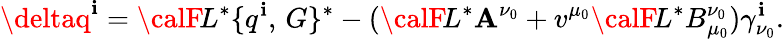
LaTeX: \deltaq^{\mathbf{i}}={\calF}\! L^{*}\{ q^{\mathbf{i}},\, G\} ^{*}-({\calF}\! L^{*}\mathbf{A}^{\nu_{0}}+v^{\mu_{0}}{\calF}\! L^{*}B_{\mu_{0}}^{\nu_{0}})\gamma_{\nu_{0}}^{\mathbf{i}}.